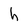
Character: h